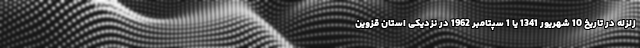
زلزله در تاریخ 10 شهریور 1341 یا 1 سپتامبر 1962 در نزدیکی استان قزوین